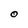
Character: O